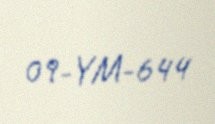
09-YM-644